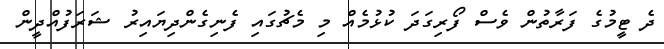
ދެ ޓީމުގެ ފަރާތުން ވެސް ފޯރިގަދަ ކުޅުމެއް މި މެޗުގައި ފެނިގެންދިޔައިރު ޝަރަފުއްދީން